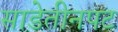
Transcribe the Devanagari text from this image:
साडेतीनपट